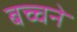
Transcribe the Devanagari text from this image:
बच्चने